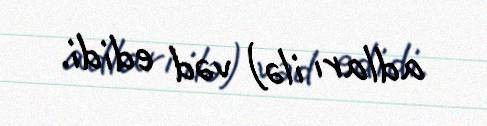
adları ilə) vəd edidi.